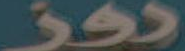
دوز